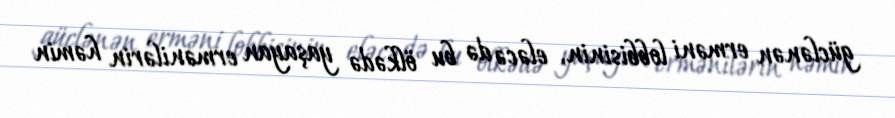
güclənən erməni lobbisinin, eləcə də bu ölkədə yaşayan ermənilərin həmin